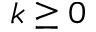
k \geq 0